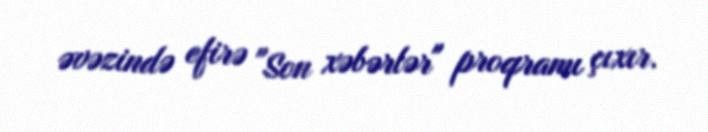
əvəzində efirə "Son xəbərlər" proqramı çıxır.